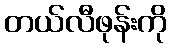
တယ်လီဖုန်းကို